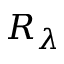
R _ { \lambda }